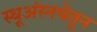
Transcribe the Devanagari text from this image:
स्धूअंस्नथेतून